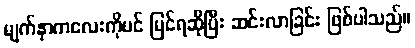
မျက်နှာကလေးကိုပင် မြင်ရဆိုပြီး ဆင်းလာခြင်း ဖြစ်ပါသည်။